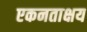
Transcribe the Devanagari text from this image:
एकनताक्षय